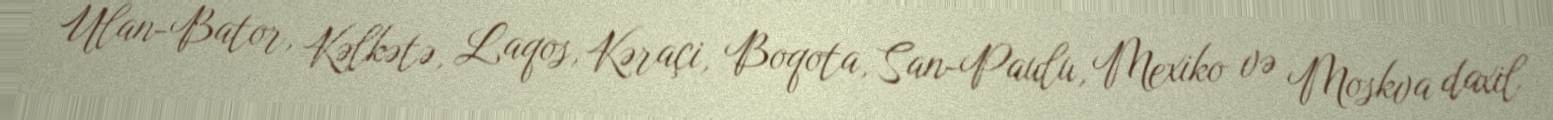
Ulan-Bator, Kəlkətə, Laqos, Kəraçi, Boqota, San-Paulu, Mexiko və Moskva daxil